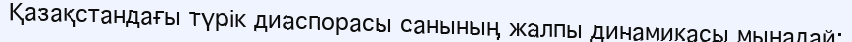
Қазақстандағы түрік диаспорасы санының жалпы динамикасы мынадай: